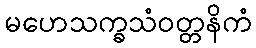
မဟေသက္ခသံဝတ္တနိကံ